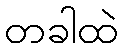
တခါထဲ